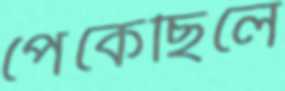
পেকেছিলে